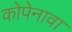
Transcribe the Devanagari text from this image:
कोपेनावा